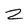
Character: 2